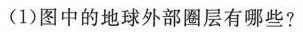
(1)图中的地球外部圈层有哪些?